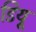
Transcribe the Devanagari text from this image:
डियू